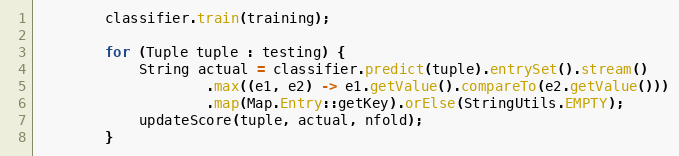
Language: Java
        classifier.train(training);

        for (Tuple tuple : testing) {
            String actual = classifier.predict(tuple).entrySet().stream()
                    .max((e1, e2) -> e1.getValue().compareTo(e2.getValue()))
                    .map(Map.Entry::getKey).orElse(StringUtils.EMPTY);
            updateScore(tuple, actual, nfold);
        }